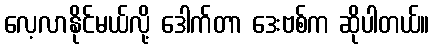
လေ့လာနိုင်မယ်လို့ ဒေါက်တာ ဒေးဗစ်က ဆိုပါတယ်။